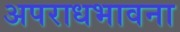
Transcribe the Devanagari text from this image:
अपराधभावना